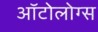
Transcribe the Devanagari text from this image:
ऑटोलोग्स